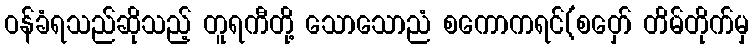
ဝန်ခံရသည်ဆိုသည့် တူရကီတို့ သောသောညံ စကောကရင်(စဝှော် တိမ်တိုက်မှ